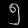
Digit: ၅